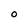
Character: O